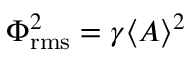
{ \Phi } _ { \mathrm { r m s } } ^ { 2 } = \gamma \langle { A } \rangle ^ { 2 }